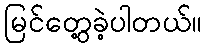
မြင်တွေ့ခဲ့ပါတယ်။